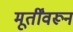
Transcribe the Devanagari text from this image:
मूर्तींवरून